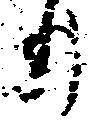
り